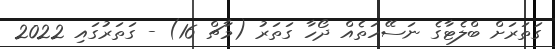
ގަތަރަށް ބްލެޓާގެ ނަސޭހަތެއް ދޯހާ ގަތަރު (މާޗް 16) - ގަތަރުގައި 2022